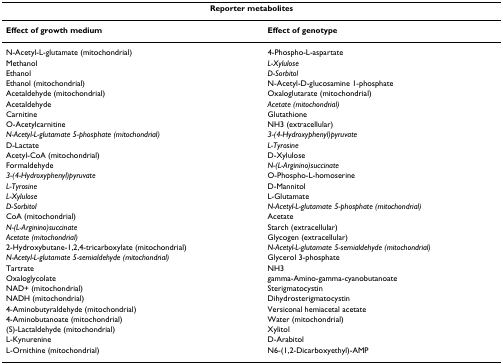
<table><thead><tr><td colspan="2"><b>Reporter metabolites</b></td></tr></thead><tbody><tr><td><b>Effect of growth medium</b></td><td><b>Effect of genotype</b></td></tr><tr><td>N-Acetyl-L-glutamate (mitochondrial)</td><td>4-Phospho-L-aspartate</td></tr><tr><td>Methanol</td><td><i>L-Xylulose</i></td></tr><tr><td>Ethanol</td><td><i>D-Sorbitol</i></td></tr><tr><td>Ethanol (mitochondrial)</td><td>N-Acetyl-D-glucosamine 1-phosphate</td></tr><tr><td>Acetaldehyde (mitochondrial)</td><td>Oxaloglutarate (mitochondrial)</td></tr><tr><td>Acetaldehyde</td><td><i>Acetate (mitochondrial)</i></td></tr><tr><td>Carnitine</td><td>Glutathione</td></tr><tr><td>O-Acetylcarnitine</td><td>NH3 (extracellular)</td></tr><tr><td><i>N-Acetyl-L-glutamate 5-phosphate (mitochondrial)</i></td><td><i>3-(4-Hydroxyphenyl)pyruvate</i></td></tr><tr><td>D-Lactate</td><td><i>L-Tyrosine</i></td></tr><tr><td>Acetyl-CoA (mitochondrial)</td><td>D-Xylulose</td></tr><tr><td>Formaldehyde</td><td><i>N-(L-Arginino)succinate</i></td></tr><tr><td><i>3-(4-Hydroxyphenyl)pyruvate</i></td><td>O-Phospho-L-homoserine</td></tr><tr><td><i>L-Tyrosine</i></td><td>D-Mannitol</td></tr><tr><td><i>L-Xylulose</i></td><td>L-Glutamate</td></tr><tr><td><i>D-Sorbitol</i></td><td><i>N-Acetyl-L-glutamate 5-phosphate (mitochondrial)</i></td></tr><tr><td>CoA (mitochondrial)</td><td>Acetate</td></tr><tr><td><i>N-(L-Arginino)succinate</i></td><td>Starch (extracellular)</td></tr><tr><td><i>Acetate (mitochondrial)</i></td><td>Glycogen (extracellular)</td></tr><tr><td>2-Hydroxybutane-1,2,4-tricarboxylate (mitochondrial)</td><td><i>N-Acetyl-L-glutamate 5-semialdehyde (mitochondrial)</i></td></tr><tr><td><i>N-Acetyl-L-glutamate 5-semialdehyde (mitochondrial)</i></td><td>Glycerol 3-phosphate</td></tr><tr><td>Tartrate</td><td>NH3</td></tr><tr><td>Oxaloglycolate</td><td>gamma-Amino-gamma-cyanobutanoate</td></tr><tr><td>NAD+ (mitochondrial)</td><td>Sterigmatocystin</td></tr><tr><td>NADH (mitochondrial)</td><td>Dihydrosterigmatocystin</td></tr><tr><td>4-Aminobutyraldehyde (mitochondrial)</td><td>Versiconal hemiacetal acetate</td></tr><tr><td>4-Aminobutanoate (mitochondrial)</td><td>Water (mitochondrial)</td></tr><tr><td>(S)-Lactaldehyde (mitochondrial)</td><td>Xylitol</td></tr><tr><td>L-Kynurenine</td><td>D-Arabitol</td></tr><tr><td>L-Ornithine (mitochondrial)</td><td>N6-(1,2-Dicarboxyethyl)-AMP</td></tr></tbody></table>